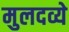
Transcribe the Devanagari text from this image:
मुलदव्ये